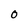
Character: O